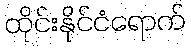
ထိုင်းနိုင်ငံရောက်